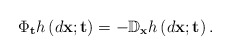
\begin{align*}\Phi_{\mathbf{t}}h\left(d\mathbf{x};\mathbf{t}\right)=-\mathbb{D}_{\mathbf{x}}h\left(d\mathbf{x};\mathbf{t}\right).\end{align*}